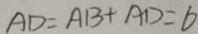
A D = A B + A D = 6